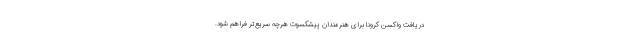
دریافت واکسن کرونا برای هنرمندان پیشکسوت هرچه سریع‌تر فراهم شود.